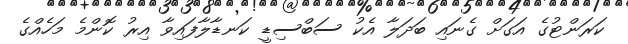
ކަރަންޓުގެ އަގަށް ގެނައި ބަދަލާ އެކު ސަބްސިޑީ ކަނޑާލާފައިވާ އިރު ކޮންމެ މަހެއްގެ